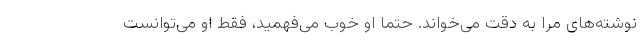
نوشته‌های مرا به دقت می‌خواند. حتما او خوب می‌فهمید، فقط او می‌توانست